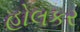
હોલકર